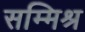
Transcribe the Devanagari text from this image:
सम्‍मिश्र